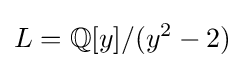
L=\mathbb {Q} [y]/(y^{2}-2)